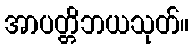
အာပတ္တိဘယသုတ်။